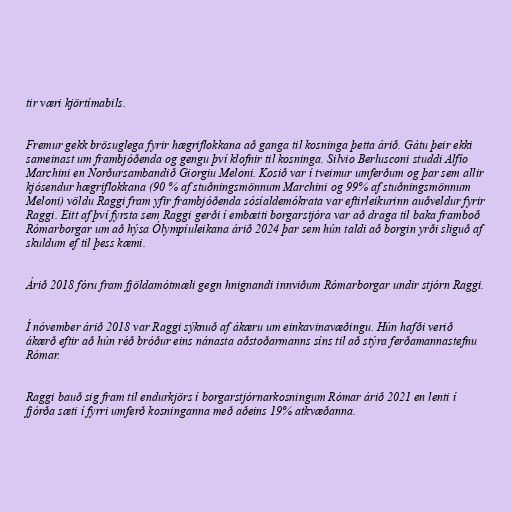
tir væri kjörtímabils.

Fremur gekk brösuglega fyrir hægriflokkana að ganga til kosninga þetta árið. Gátu þeir ekki
sameinast um frambjóðenda og gengu því klofnir til kosninga. Silvio Berlusconi studdi Alfío
Marchini en Norðursambandið Giorgiu Meloni. Kosið var í tveimur umferðum og þar sem allir
kjósendur hægriflokkana (90 % af stuðningsmönnum Marchini og 99% af stuðningsmönnum
Meloni) völdu Raggi fram yfir frambjóðenda sósíaldemókrata var eftirleikurinn auðveldur fyrir
Raggi. Eitt af því fyrsta sem Raggi gerði í embætti borgarstjóra var að draga til baka framboð
Rómarborgar um að hýsa Ólympíuleikana árið 2024 þar sem hún taldi að borgin yrði sliguð af
skuldum ef til þess kæmi.

Árið 2018 fóru fram fjöldamótmæli gegn hnignandi innviðum Rómarborgar undir stjórn Raggi.

Í nóvember árið 2018 var Raggi sýknuð af ákæru um einkavinavæðingu. Hún hafði verið
ákærð eftir að hún réð bróður eins nánasta aðstoðarmanns síns til að stýra ferðamannastefnu
Rómar.

Raggi bauð sig fram til endurkjörs í borgarstjórnarkosningum Rómar árið 2021 en lenti í
fjórða sæti í fyrri umferð kosninganna með aðeins 19% atkvæðanna.